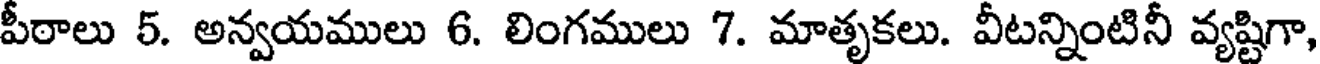
పీఠాలు 5. అన్వయములు 6. లింగములు 7. మాతృకలు. వీటన్నింటినీ వ్యష్టిగా,